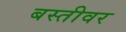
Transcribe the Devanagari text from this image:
बस्तीवर